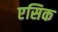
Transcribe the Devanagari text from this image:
एसिक